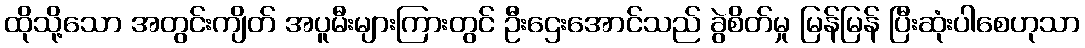
ထိုသို့သော အတွင်းကျိတ် အပူမီးများကြားတွင် ဦးဌေးအောင်သည် ခွဲစိတ်မှု မြန်မြန် ပြီးဆုံးပါစေဟုသာ